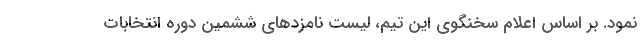
نمود. بر اساس اعلام سخنگوی این تیم، لیست نامزدهای ششمین دوره انتخابات